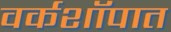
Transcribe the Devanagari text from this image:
वर्कशॉपात